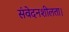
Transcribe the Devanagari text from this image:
संवेदनशीलता।